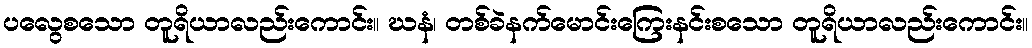
ပလွေစသော တူရိယာလည်းကောင်း။ ဃနံ၊ တစ်ခဲနက်မောင်းကြေးနင်းစသော တူရိယာလည်းကောင်း။